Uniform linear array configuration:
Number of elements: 24
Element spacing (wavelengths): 1
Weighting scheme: hann
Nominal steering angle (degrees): -45
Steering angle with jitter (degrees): -46.585
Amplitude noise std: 0.05
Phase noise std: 0.05

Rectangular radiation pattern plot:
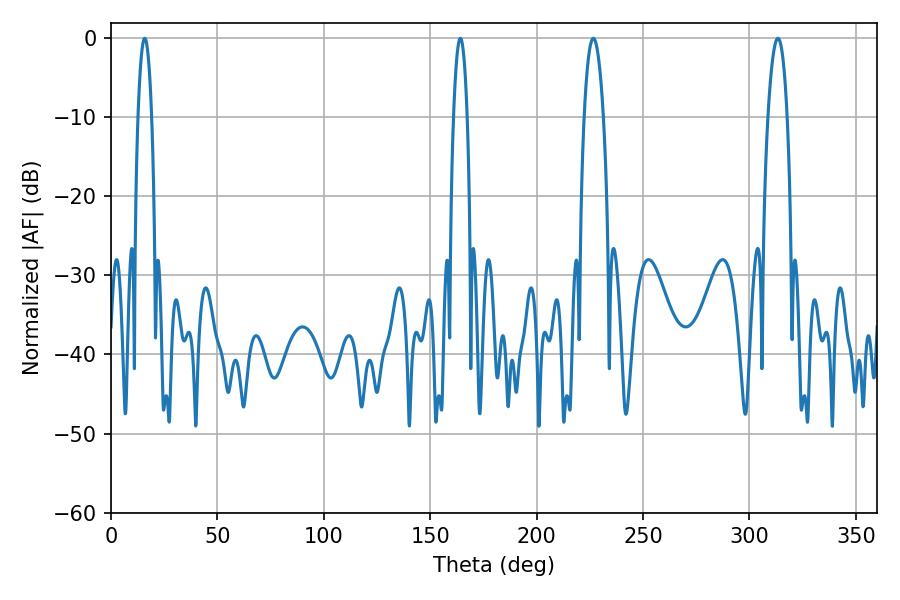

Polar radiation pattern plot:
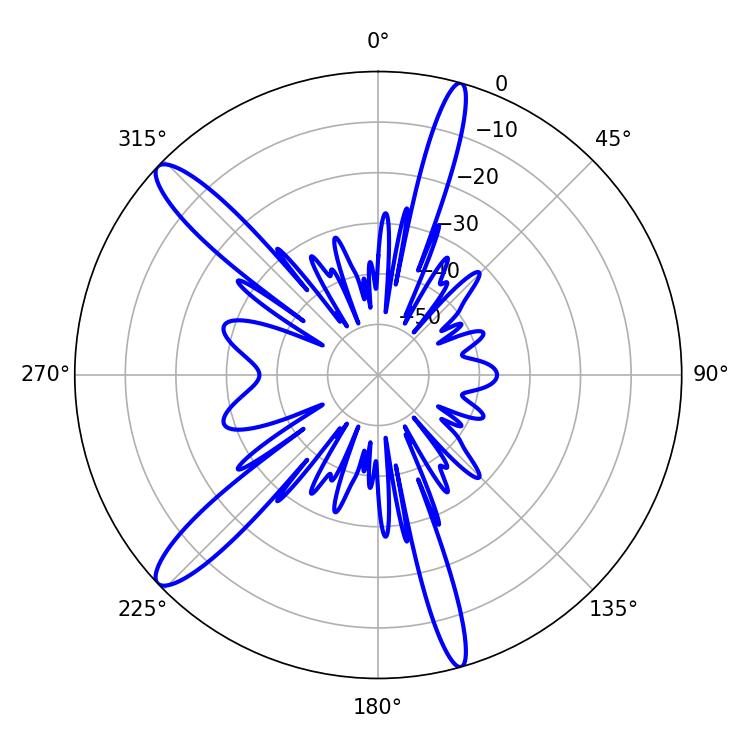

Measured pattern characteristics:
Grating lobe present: TRUE
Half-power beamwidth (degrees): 3.6
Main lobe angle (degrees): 164.16